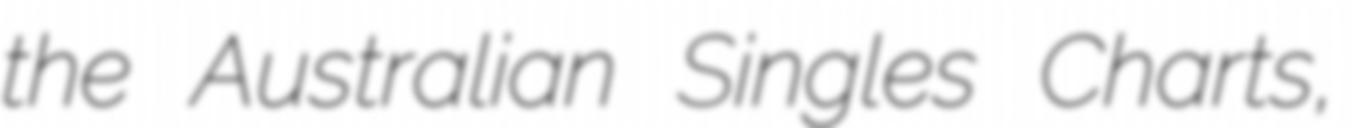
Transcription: the Australian Singles Charts,